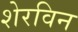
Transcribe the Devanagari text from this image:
शेरविन